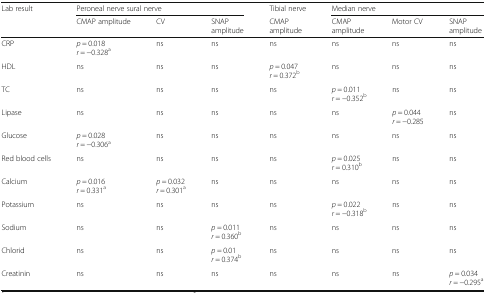
<table><thead><tr><td rowspan="2"><b>Lab result</b></td><td colspan="3"><b>Peroneal nerve sural nerve</b></td><td><b>Tibial nerve</b></td><td colspan="3"><b>Median nerve</b></td></tr><tr><td><b>CMAP amplitude</b></td><td><b>CV</b></td><td><b>SNAPamplitude</b></td><td><b>CMAPamplitude</b></td><td><b>CMAPamplitude</b></td><td><b>Motor CV</b></td><td><b>SNAPamplitude</b></td></tr></thead><tbody><tr><td>CRP</td><td><i>p</i> = 0.018<i>r</i> = −0.328<sup>a</sup></td><td>ns</td><td>ns</td><td>ns</td><td>ns</td><td>ns</td><td>ns</td></tr><tr><td>HDL</td><td>ns</td><td>ns</td><td>ns</td><td><i>p</i> = 0.047<i>r</i> = 0.372<sup>b</sup></td><td>ns</td><td>ns</td><td>ns</td></tr><tr><td>TC</td><td>ns</td><td>ns</td><td>ns</td><td>ns</td><td><i>p</i> = 0.011<i>r</i> = −0.352<sup>b</sup></td><td>ns</td><td>ns</td></tr><tr><td>Lipase</td><td>ns</td><td>ns</td><td>ns</td><td>ns</td><td>ns</td><td><i>p</i> = 0.044<i>r</i> = −0.285</td><td>ns</td></tr><tr><td>Glucose</td><td><i>p</i> = 0.028<i>r</i> = −0.306<sup>a</sup></td><td>ns</td><td>ns</td><td>ns</td><td>ns</td><td>ns</td><td>ns</td></tr><tr><td>Red blood cells</td><td>ns</td><td>ns</td><td>ns</td><td>ns</td><td><i>p</i> = 0.025<i>r</i> = 0.310<sup>b</sup></td><td>ns</td><td>ns</td></tr><tr><td>Calcium</td><td><i>p</i> = 0.016<i>r</i> = 0.331<sup>a</sup></td><td><i>p</i> = 0.032<i>r</i> = 0.301<sup>a</sup></td><td>ns</td><td>ns</td><td>ns</td><td>ns</td><td>ns</td></tr><tr><td>Potassium</td><td>ns</td><td>ns</td><td>ns</td><td>ns</td><td><i>p</i> = 0.022<i>r</i> = −0.318<sup>b</sup></td><td>ns</td><td>ns</td></tr><tr><td>Sodium</td><td>ns</td><td>ns</td><td><i>p</i> = 0.011<i>r</i> = 0.360<sup>b</sup></td><td>ns</td><td>ns</td><td>ns</td><td>ns</td></tr><tr><td>Chlorid</td><td>ns</td><td>ns</td><td><i>p</i> = 0.01<i>r</i> = 0.374<sup>b</sup></td><td>ns</td><td>ns</td><td>ns</td><td>ns</td></tr><tr><td>Creatinin</td><td>ns</td><td>ns</td><td>ns</td><td>ns</td><td>ns</td><td>ns</td><td><i>p</i> = 0.034<i>r</i> = −0.295<sup>a</sup></td></tr></tbody></table>